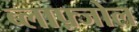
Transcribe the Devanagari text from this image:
ब्लाफ़्जोल